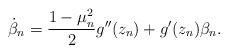
\begin{align*}\dot \beta_n = \frac{1-\mu^2_n}{2}g''(z_n)+g'(z_n)\beta_n.\end{align*}